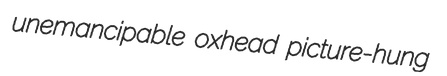
unemancipable oxhead picture-hung